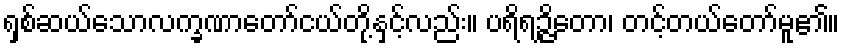
ရှစ်ဆယ်သောလက္ခဏာတော်ငယ်တို့နှင့်လည်း။ ပရိရဉ္ဇိတော၊ တင့်တယ်တော်မူ၏။